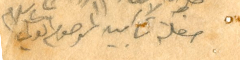
حفلة تآبين المرحوم ابو علي سلام